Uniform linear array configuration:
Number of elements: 8
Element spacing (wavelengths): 0.5
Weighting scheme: exponential
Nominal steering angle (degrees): -30
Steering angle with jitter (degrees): -28.194
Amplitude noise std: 0.05
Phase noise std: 0.05

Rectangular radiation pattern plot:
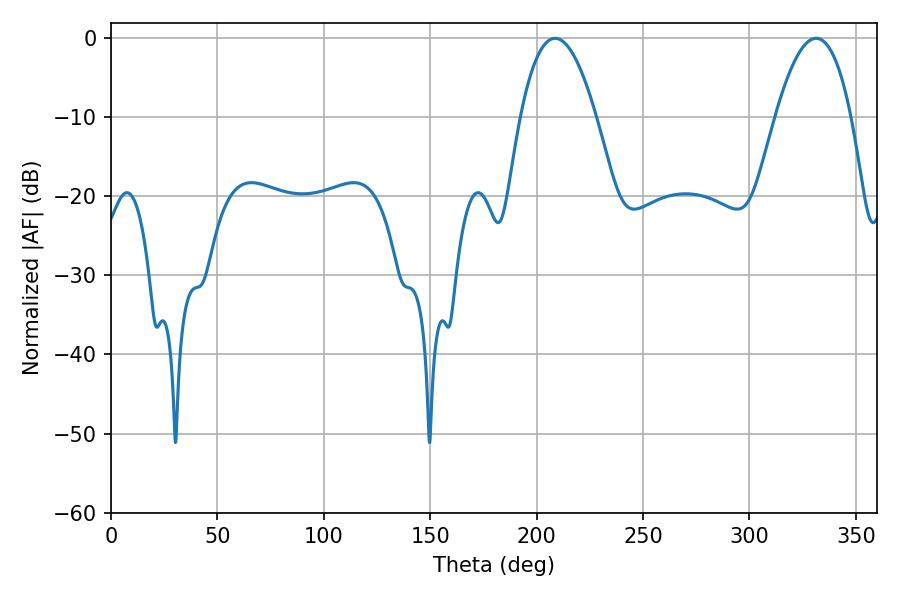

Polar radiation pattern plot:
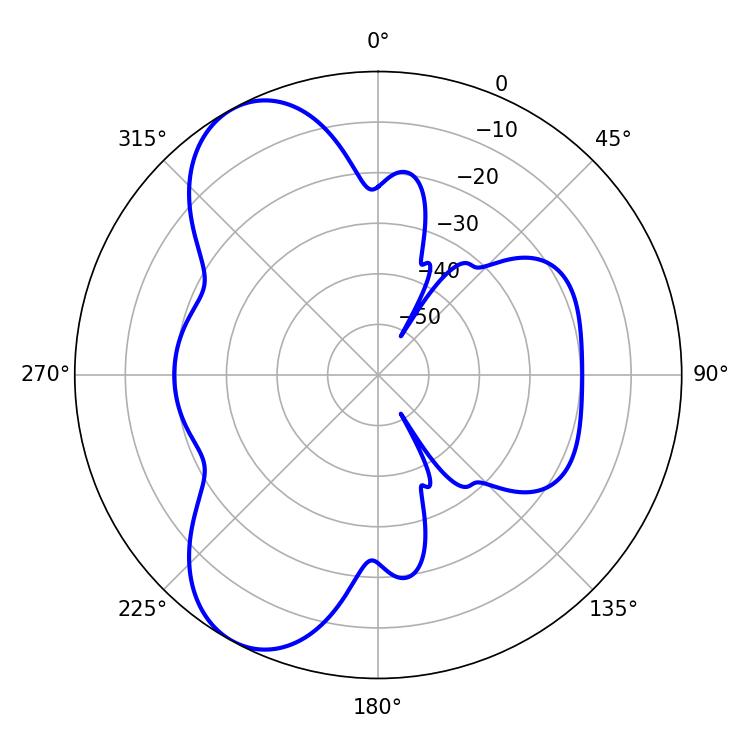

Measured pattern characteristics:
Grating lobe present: FALSE
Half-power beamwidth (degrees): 19.62
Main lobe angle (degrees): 208.62